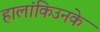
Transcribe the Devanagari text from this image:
हालांकिउनके